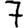
Digit: 7